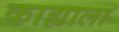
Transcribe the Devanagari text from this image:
काह्याला